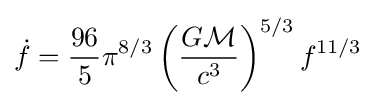
{\dot {f}}={\frac {96}{5}}\pi ^{8/3}\left({\frac {G{\mathcal {M}}}{c^{3}}}\right)^{5/3}f^{11/3}